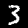
Label: 3